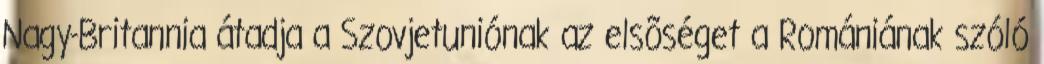
Nagy-Britannia átadja a Szovjetuniónak az elsõséget a Romániának szóló